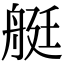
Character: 艇